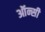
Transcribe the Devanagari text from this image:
ऑन्सी